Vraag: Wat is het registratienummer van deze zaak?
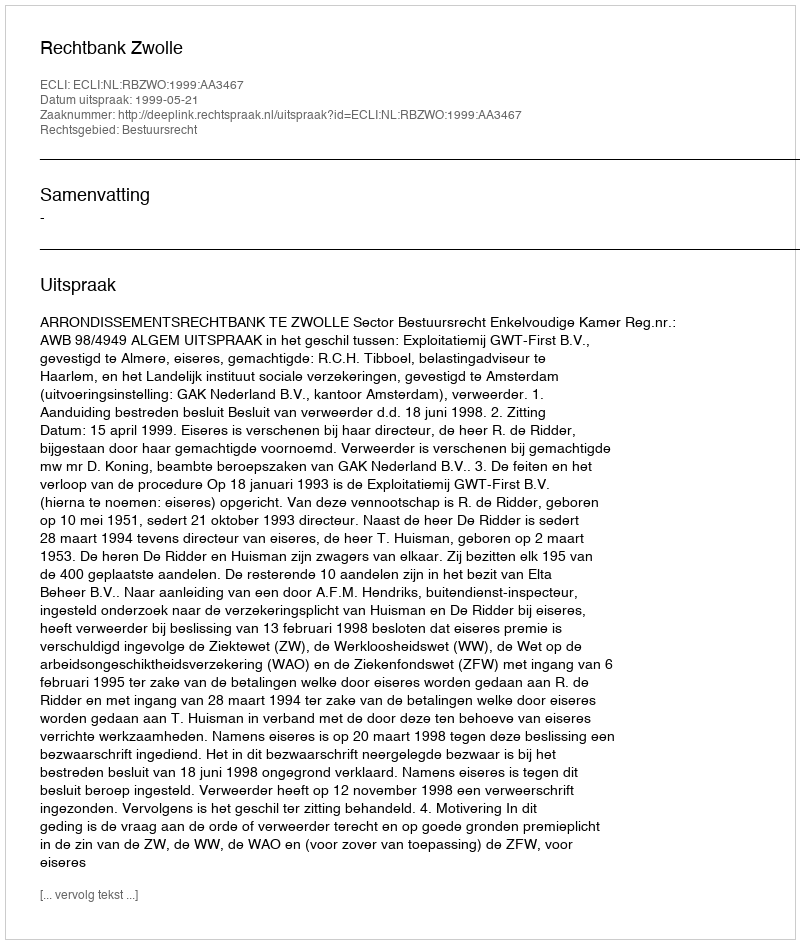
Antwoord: http://deeplink.rechtspraak.nl/uitspraak?id=ECLI:NL:RBZWO:1999:AA3467